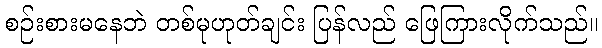
စဉ်းစားမနေဘဲ တစ်မုဟုတ်ချင်း ပြန်လည် ဖြေကြားလိုက်သည်။